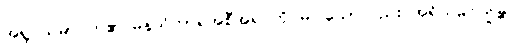
အရူပသမာပတ်၏ မနသိကာရအစီအရင်ကို မပြသော်လည်း အရိယမဂ်တို့၏